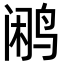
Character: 鹇